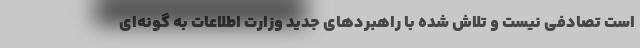
است تصادفی نیست و تلاش شده با راهبرد‌های جدید وزارت اطلاعات به گونه‌ای